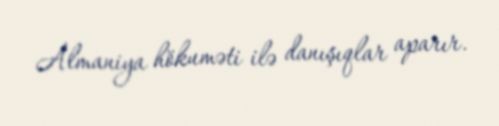
Almaniya hökuməti ilə danışıqlar aparır.